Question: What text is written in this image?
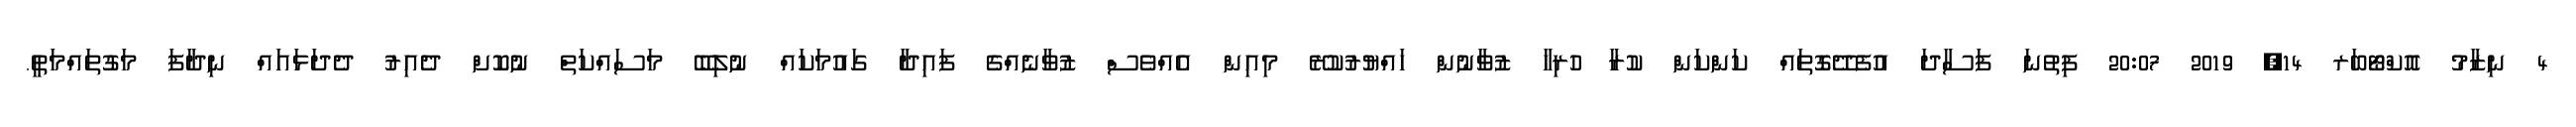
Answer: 4 ނިޒާމު އޮކްޓޯބަރ 14, 2019 20:07 ފިތުނަ ފަސާދަ އުފެދޭގޮތައް ކަންކަން ކުރާ ހުރިހާ ޒުވާނުން ހައްޔުރުކުރޭ މިއިން އެއްވެސް ޒުވާނެއްގެ ފައިދާ ގައުމަކައް ނުލިބޭ މަސައްކަތް ނުކޮށް ދެއިރު ދެދަޅައައް ނިދާފަ މަގުތައްމަތީ.